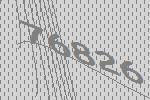
76826